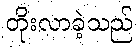
တိုးလာခဲ့သည်